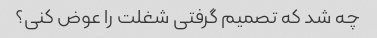
چه شد که تصمیم گرفتی شغلت را عوض کنی؟